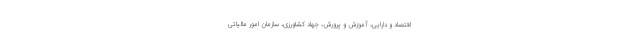
اقتصاد و دارایی، آموزش و پرورش، جهاد کشاورزی، سازمان امور مالیاتی